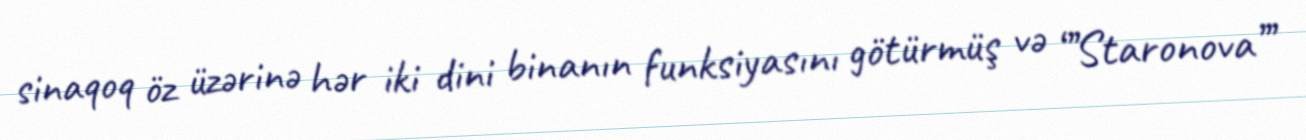
sinaqoq öz üzərinə hər iki dini binanın funksiyasını götürmüş və ‘’’Staronova’’’